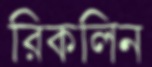
রিকলিন